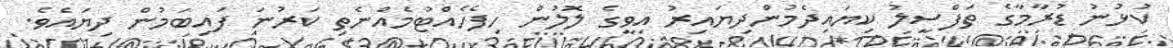
ކުޅުނު ޑުރާމާގެ ތަފްސީލު ކިޔައިދެމުންދިޔައިރު އިވީގެ ލޮލުން ހިފެހެއްޓުމެއްނެތި ކަރުނަ ފައިބަމުން ދިޔައެވެ.